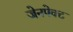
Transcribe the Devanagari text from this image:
जेनपेक्ट